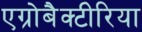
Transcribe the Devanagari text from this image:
एग्रोबैक्टीरिया